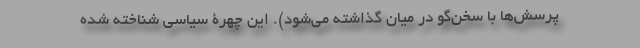
پرسش‌ها با سخن‌گو در میان گذاشته می‌شود). این چهرۀ سیاسی شناخته شده